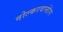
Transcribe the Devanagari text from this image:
वोल्करवान्डेरंग